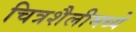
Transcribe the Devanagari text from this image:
चित्रशैलीमध्ये